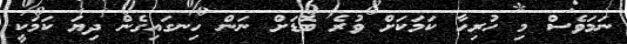
ނަމަވެސް މި ހުރިހާ ކަމަކަށް ވުރެ ބޮޑަށް ނަން ހިނގައިގެން ދިޔަ ކަމަކީ